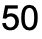
50